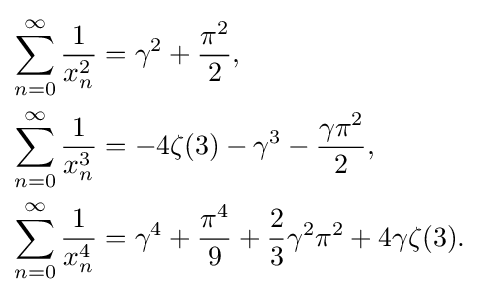
{\begin{aligned}\sum _{n=0}^{\infty }{\frac {1}{x_{n}^{2}}}&=\gamma ^{2}+{\frac {\pi ^{2}}{2}},\\\sum _{n=0}^{\infty }{\frac {1}{x_{n}^{3}}}&=-4\zeta (3)-\gamma ^{3}-{\frac {\gamma \pi ^{2}}{2}},\\\sum _{n=0}^{\infty }{\frac {1}{x_{n}^{4}}}&=\gamma ^{4}+{\frac {\pi ^{4}}{9}}+{\frac {2}{3}}\gamma ^{2}\pi ^{2}+4\gamma \zeta (3).\end{aligned}}